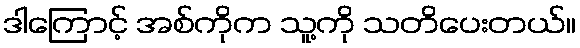
ဒါကြောင့် အစ်ကိုက သူ့ကို သတိပေးတယ်။